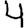
Digit: 4